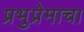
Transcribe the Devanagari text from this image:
प्रभुप्रेमाचा